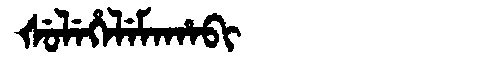
Manchu: ᡧᡠᠯᡝᡥᡝᠯᡝᠮᠠᡥᠠᠪᡳ
Romanization: ŠULEHELEMAHABI